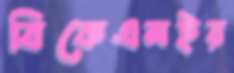
বিকেএমইর